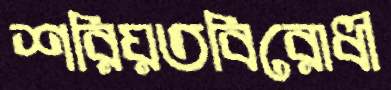
শরিয়তবিরোধী